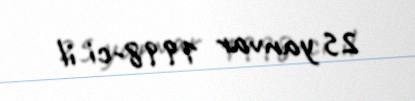
25 yanvar 1998-ci il